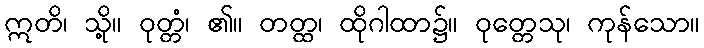
ဣတိ၊ သို့။ ဝုတ္တံ၊ ၏။ တတ္ထ၊ ထိုဂါထာ၌။ ဝုတ္တေသု၊ ကုန်သော။